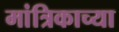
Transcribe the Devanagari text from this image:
मांत्रिकाच्या